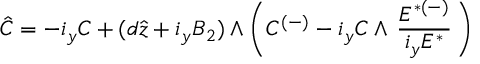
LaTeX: \hat { C } = - i _ { y } C + ( d \hat { z } + i _ { y } B _ { 2 } ) \wedge \left( C ^ { ( - ) } - i _ { y } C \wedge \, { \frac { { E } ^ { { * } ( - ) } } { i _ { y } { E } ^ { { * } } } } \, \right) \,